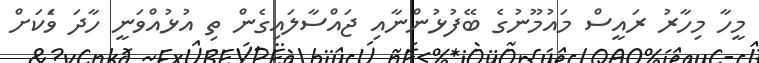
މީހާ މިހާރު ރައީސް މައުމޫނުގެ ބޭފުޅުންނާއި ޖައްސާލައިގެން ތި އުޅުއްވަނީ ހާދަ ވަެަކަށް